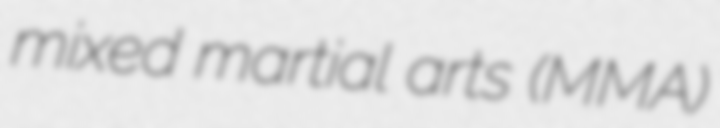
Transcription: mixed martial arts (MMA)